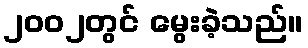
၂၀၀၂တွင် မွေးခဲ့သည်။